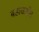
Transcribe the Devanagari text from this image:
बहाऊद्दीन